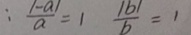
: \frac { \vert - a \vert } { a } = 1 \frac { \vert b \vert } { b } = 1